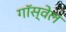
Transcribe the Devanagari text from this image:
गॉस्वेल